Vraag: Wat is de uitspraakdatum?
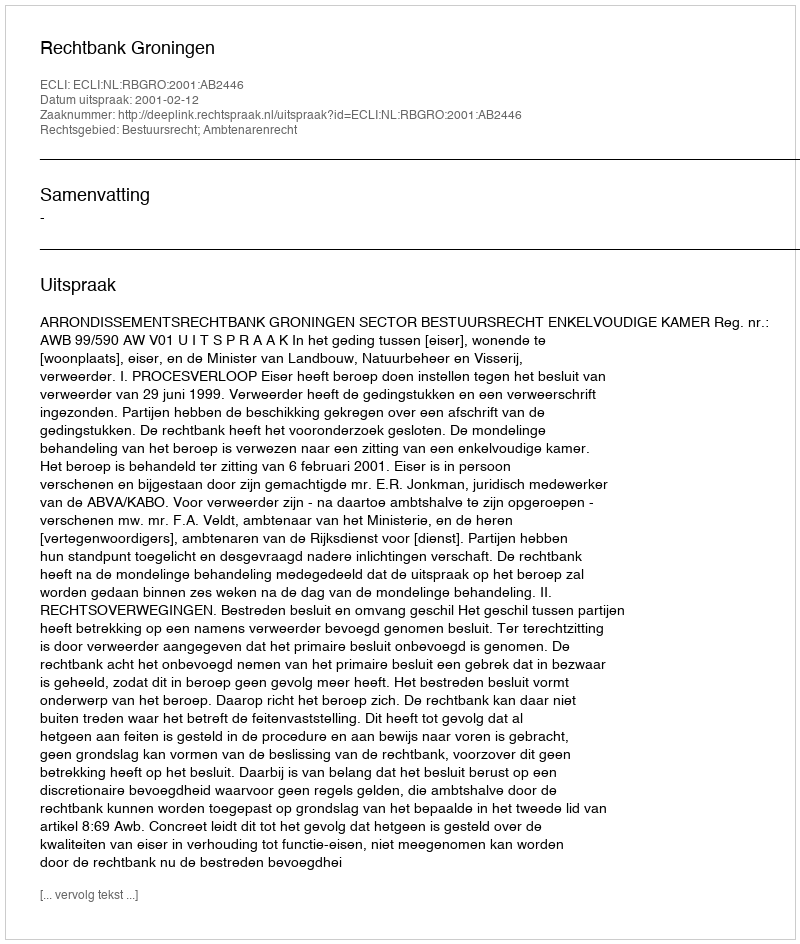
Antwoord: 2001-02-12